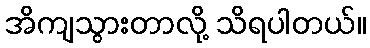
အိကျသွားတာလို့ သိရပါတယ်။